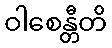
ဝါစေန္တီတိ